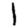
Digit: 1